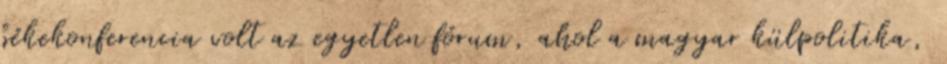
békekonferencia volt az egyetlen fórum, ahol a magyar külpolitika,